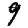
Digit: 9